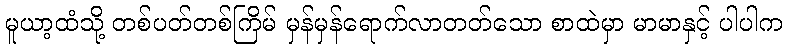
မူယာ့ထံသို့ တစ်ပတ်တစ်ကြိမ် မှန်မှန်ရောက်လာတတ်သော စာထဲမှာ မာမာနှင့် ပါပါက